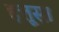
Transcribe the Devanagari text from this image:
हत्तूसा